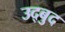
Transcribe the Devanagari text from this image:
उद्बुद